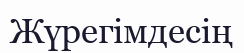
Жүрегімдесің